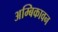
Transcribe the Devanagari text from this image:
अम्बिकावन